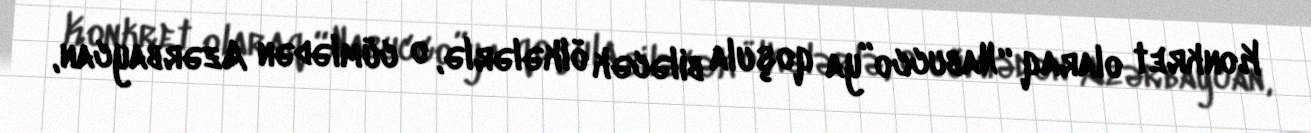
Konkret olaraq “Nabucco”ya qoşula biləcək ölkələrlə, o cümlədən Azərbaycan,